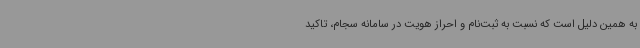
به همین دلیل است که نسبت به ثبت‌نام و احراز هویت در سامانه سجام، تاکید